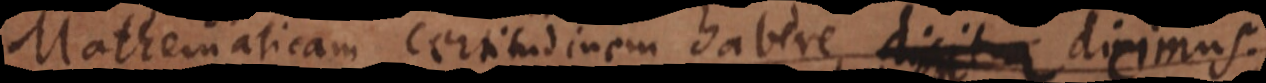
Mathematicam certitudinem habere dicimus.